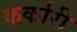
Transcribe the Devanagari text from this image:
कर्कारी